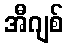
အီဂျစ်